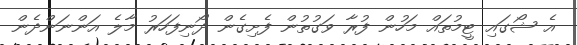
އެ ޝޯގައި ޓީމުތައް މަހުން ފުރާ ވަގުތުން ފެށިގެން ދޯނިފަހަރު މާލެ އަންނަންދެން